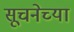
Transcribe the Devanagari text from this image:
सूचनेच्या